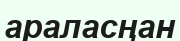
араласңан